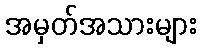
အမှတ်အသားများ